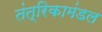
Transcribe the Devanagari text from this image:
तंत्रिकामंडल